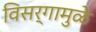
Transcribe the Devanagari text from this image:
विसर्गामुळे